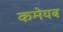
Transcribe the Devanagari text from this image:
कमेयब